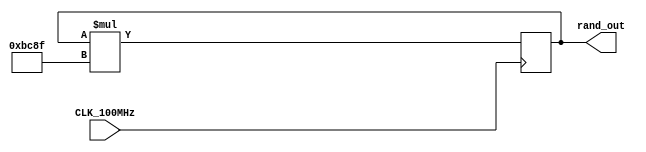
`timescale 1ns / 1ps
//////////////////////////////////////////////////////////////////////////////////
// Company: 
// Engineer: 
// 
// Design Name: 
// Module Name: random_gen
// Project Name: 
// Target Devices: 
// Tool Versions: 
// Description: 
// 
// Dependencies: 
// 
// Revision:
// Revision 0.01 - File Created
// Additional Comments:
// 
//////////////////////////////////////////////////////////////////////////////////


module random_gen(
        CLK_100MHz,
        rand_out
    );
    input CLK_100MHz;
    output [31:0] rand_out;
    reg [31:0] rand_buf = 32'b1;

    parameter FACTOR = 32'd48271;

    always @(posedge CLK_100MHz) begin
        rand_buf <= rand_buf * FACTOR;
    end

    assign rand_out = rand_buf;
endmodule